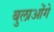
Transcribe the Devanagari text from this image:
बुलाओंगे